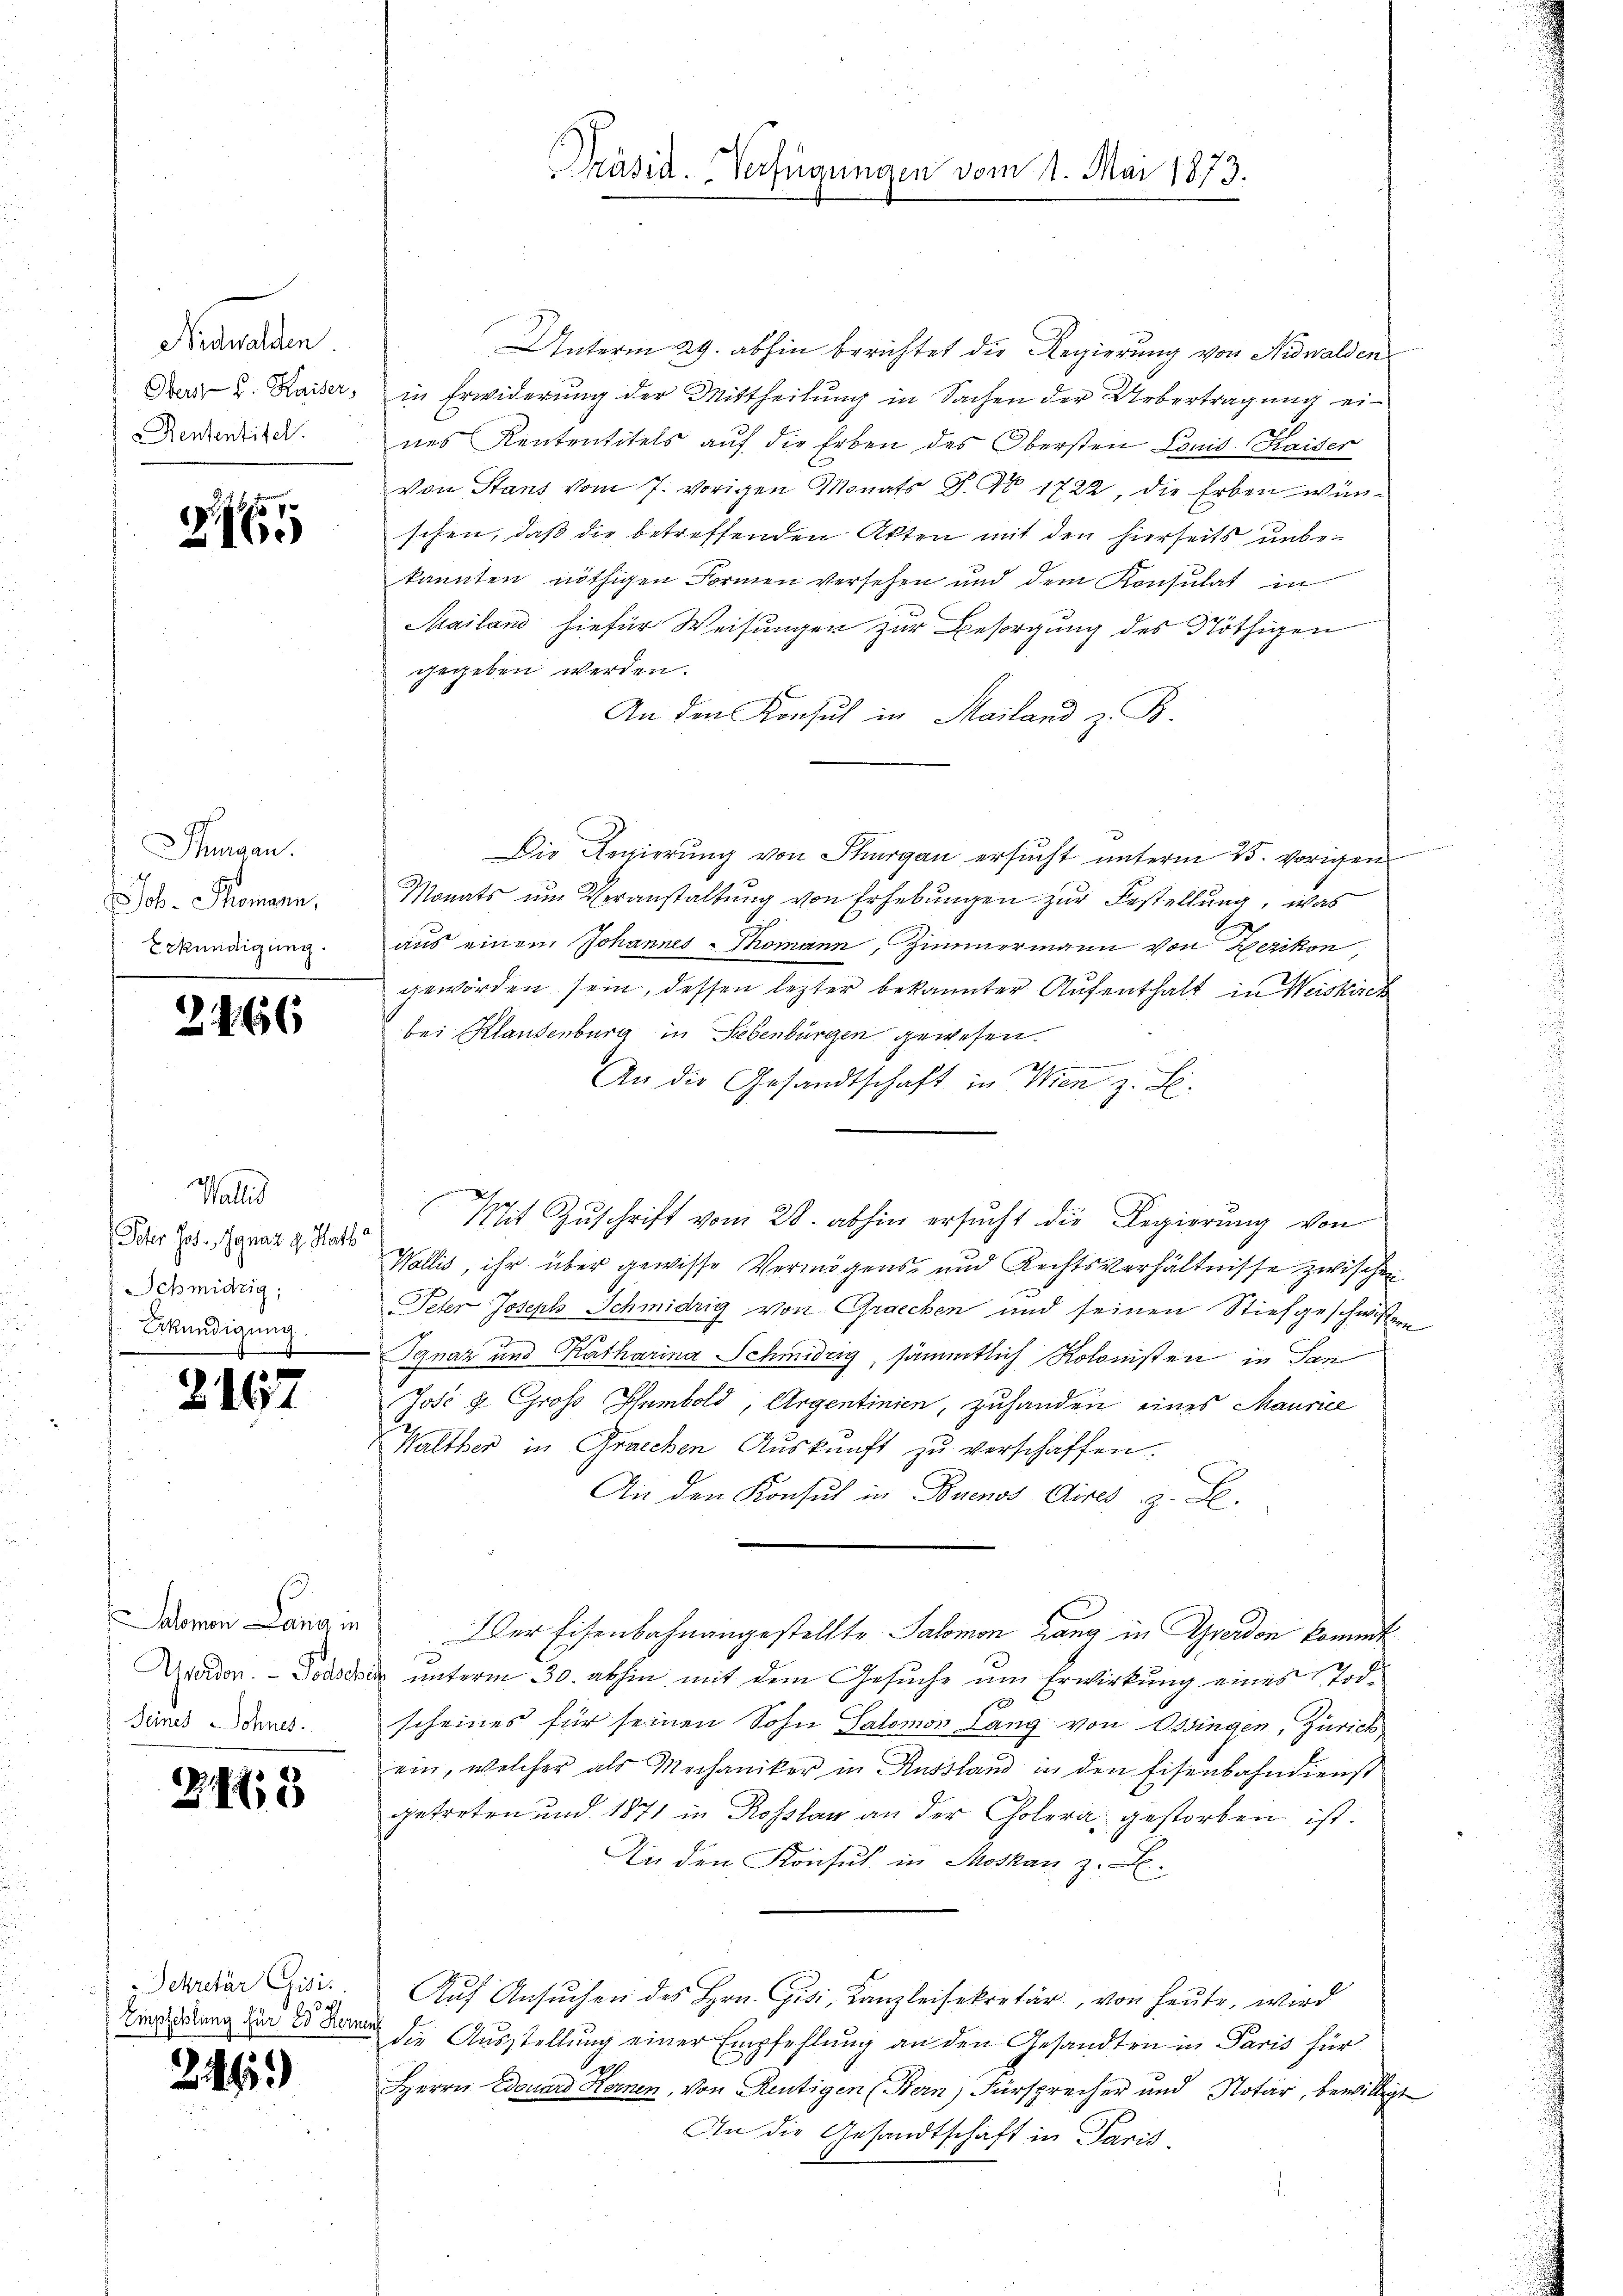
Nidwalden
Rententitel.

G. 165

Thurgau.
Joh. Thomann,
Erkundigung.

2466

Wallis
Ioher Jos. Ignaz 9. Hath
Schmidrig
Ekündigung.

Seines Sohnes.

2167

248

Sekretär Gisis
Empfehlung für 85 Kon

2146)

Präsid. Verfügungen vom 1. Mai 1873.

Unterm 29. abhin berichtet die Regierung von Nidwalden
Frau u. Kaiser, in Erwiderŭng der Mittheilŭng in Sachen der Uebertragung ei-
nes Kententitels auf die Erben des Obersten Lonid. Kaiser
Von Stans vom 7. vorigen Monats P. Nr. 1722, die Erben wünschen, daß die betreffenden Akten mit den hierseits unbekannten nöthigen Formen versehen und dem Konsulat in
Mailand hiefür Weisungen zur Besorgung des Nöthigen
gegeben werden.
An den Konsul in Mailand z. B.
Die Regierung von Thurgau ersucht unterm 25. vorigen
Monats um Veranstaltung von Erhebungen zur Bestellung, was
aus einem Johannes-Thomann, Zimmermann von Berikon,
geworden sein, dessen letzter bekannter Aufenthalt in Weiskirch
bei Klausenburg in Lebenbürgen gewesen.
dnn den seitigen
An die Gesandtschaft in Wien z. B.
Mit Zuschrift vom 28. abhin ersucht die Regierung von
Wollis, ihr über gewisse Vermögens- und Rechtsverhältnisse zwischen
Peter Joseph Schmidrig von Graechen und seinen Stiefgeschwistern
Ignaz und Katharina Schmidrig, sämmtlich Kolonisten in San
Jose & Groß Humbold, Argentinien, zuhanden eines Maurice
Walther in Graechen Aŭskŭnft zŭ verschaffen.
An den Konsul in Buenos Aires z. B.
ovon Langin. Der Eisenbahnangestellte Salomon rang in Gerdon kommt
Guerden. - Dosis unterm 30. abhin mit dem Gesuche um Erwirkung eines Todscheines für seinen Sohn Salomon Lang von Ossingen, Zürich
ein, welcher als Mechaniker in Russland in den Eisenbahndienst
getreten und 1871 in Rosslau an der Cholera gestorben ist.
An den Konsul in Moskau z. B.
Auf Ansuchen des Hrn. Gisi, Kanzleisekretär, von heute, wird
 die Ausstellung einer Empfehlung an den Gesandten in Paris für
S.
Herrn Douard Heinen, von Reutigen (Bern) Fürsprecher und Notar, bewilligt
An die Gesandtschaft in Paris